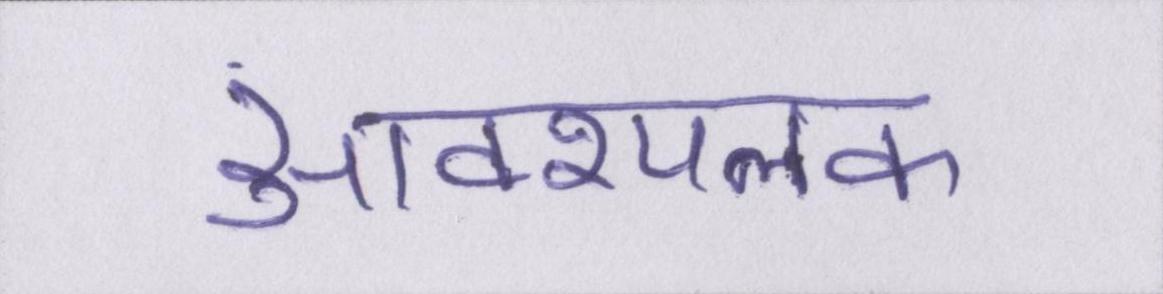
आवश्यलक